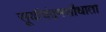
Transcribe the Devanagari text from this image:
सूर्याचंद्रमसौधाता